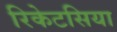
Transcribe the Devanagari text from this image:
रिकेटसिया